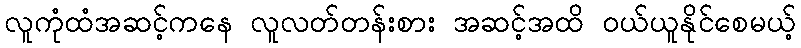
လူကုံထံအဆင့်ကနေ လူလတ်တန်းစား အဆင့်အထိ ဝယ်ယူနိုင်စေမယ့်